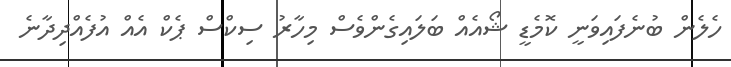
ހެލެން ބުނެފައިވަނީ ކޮމެޑީ ޝޯއެއް ބަލައިގެންވެސް މިހާރު ސިކްސް ޕެކް އެއް އުފެއްދިދާނެ